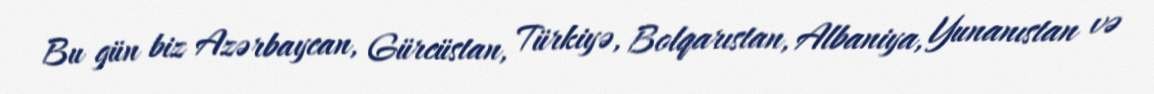
Bu gün biz Azərbaycan, Gürcüstan, Türkiyə, Bolqarıstan, Albaniya, Yunanıstan və